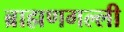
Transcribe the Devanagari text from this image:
ब्राह्मणगल्ली